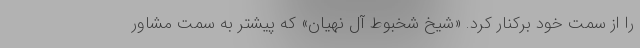
را از سمت خود برکنار کرد. «شیخ شخبوط آل نهیان» که پیشتر به سمت مشاور